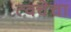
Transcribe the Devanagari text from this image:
त्‍वचेचा